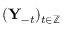
( \mathbf { Y } _ { - t } ) _ { t \in \mathbb { Z } }